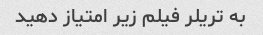
به تریلر فیلم زیر امتیاز دهید